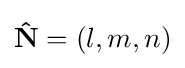
\mathbf {\hat {N}} =(l,m,n)